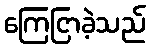
ကြေငြာခဲ့သည်